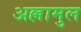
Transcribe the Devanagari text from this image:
अल्लामुल